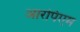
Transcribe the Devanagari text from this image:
आरपिएम